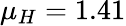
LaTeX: \mu_{H}=1.41